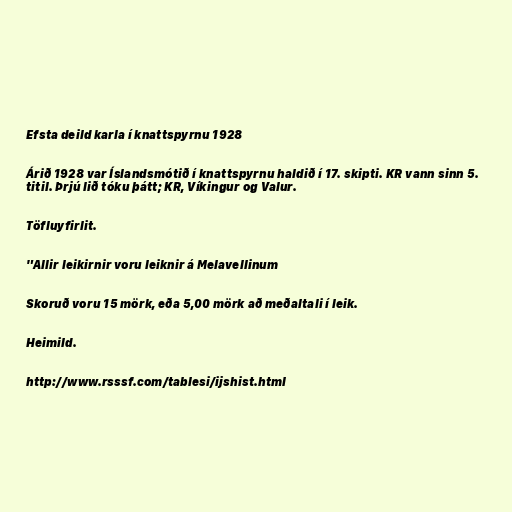
Efsta deild karla í knattspyrnu 1928

Árið 1928 var Íslandsmótið í knattspyrnu haldið í 17. skipti. KR vann sinn 5.
titil. Þrjú lið tóku þátt; KR, Víkingur og Valur.

Töfluyfirlit.

"Allir leikirnir voru leiknir á Melavellinum

Skoruð voru 15 mörk, eða 5,00 mörk að meðaltali í leik.

Heimild.

http://www.rsssf.com/tablesi/ijshist.html